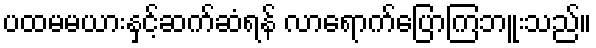
ပထမမယားနှင့်ဆက်ဆံရန် လာရောက်ပြောကြဘူးသည်။